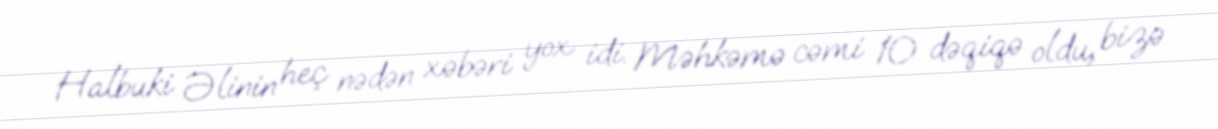
Halbuki Əlinin heç nədən xəbəri yox idi. Məhkəmə cəmi 10 dəqiqə oldu, bizə